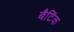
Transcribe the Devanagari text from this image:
बैटिंक